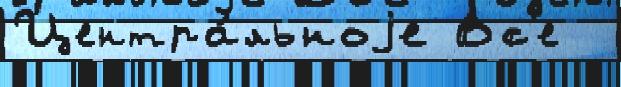
Центра́льноjе Вс'е